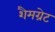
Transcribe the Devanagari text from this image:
शैमग्रेट